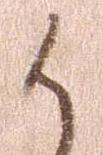
候